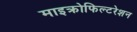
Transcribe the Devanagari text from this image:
माइक्रोफिल्टरेशन